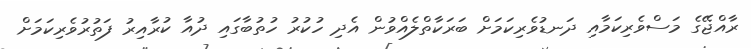
ރާއްޖޭގެ މަސްވެރިކަމާއި ދަނޑުވެރިކަމަށް ބަރަކާތްލެއްވުން އެދި ހުކުރު ހުތުބާގައި ދުއާ ކުރާއިރު ފަތުރުވެރިކަމަށް